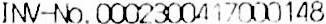
INV-NO.0002300417000148